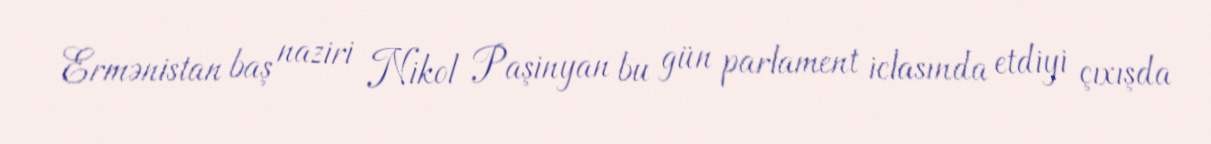
Ermənistan baş naziri Nikol Paşinyan bu gün parlament iclasında etdiyi çıxışda